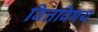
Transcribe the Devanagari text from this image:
वित्तविषय